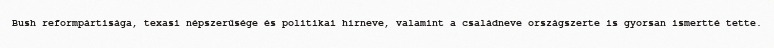
Bush reformpártisága, texasi népszerűsége és politikai hírneve, valamint a családneve országszerte is gyorsan ismertté tette.